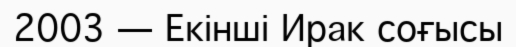
2003 — Екінші Ирак соғысы